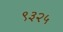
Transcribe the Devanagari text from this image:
९३२५